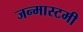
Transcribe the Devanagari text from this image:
जन्मास्टमी